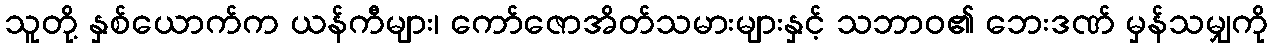
သူတို့ နှစ်ယောက်က ယန်ကီများ၊ ကော်ဇောအိတ်သမားများနှင့် သဘာဝ၏ ဘေးဒဏ် မှန်သမျှကို